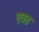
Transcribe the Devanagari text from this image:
एवढ